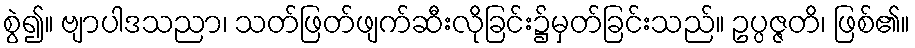
စွဲ၍။ ဗျာပါဒသညာ၊ သတ်ဖြတ်ဖျက်ဆီးလိုခြင်း၌မှတ်ခြင်းသည်။ ဥပ္ပဇ္ဇတိ၊ ဖြစ်၏။